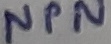
Text: NPN